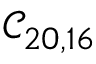
\mathcal { C } _ { 2 0 , 1 6 }